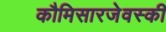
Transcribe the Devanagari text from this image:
कौमिसारजेवस्की